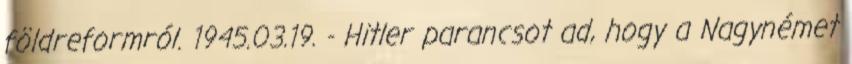
földreformról. 1945.03.19. - Hitler parancsot ad, hogy a Nagynémet